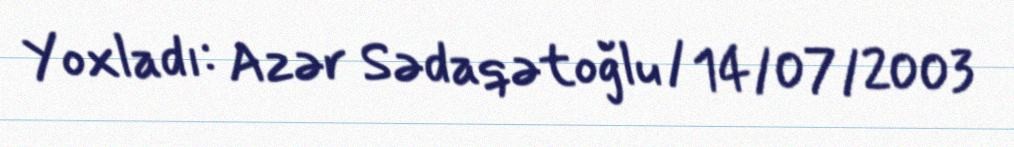
Yoxladı: Azər Sədaqətoğlu / 14/07/2003